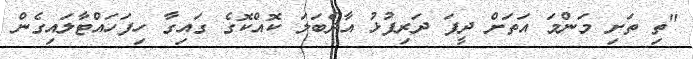
"ތި ތަށި މަންމަ އަތަށް ދީފަ ދަރިފުޅު އާދެބަލަ ކޮއްކޮގެ ގައިގާ ހިފަހައްޓާލައިގެން